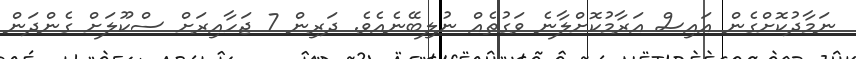
ނަމާދުކޮށްގެން އައިސް އަރާމުކޮށްލާނެ ވަގުތެއް ނުލިބޭނެއެވެ. ދަރިން 7 ޖަހާއިރަށް ސްކޫލަށް ގެންދަން